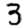
Digit: 3